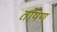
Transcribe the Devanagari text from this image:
तोषण